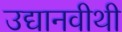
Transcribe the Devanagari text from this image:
उद्यानवीथी